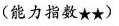
（能力指数★★）